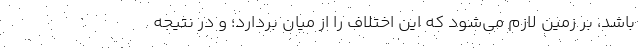
باشد، بر زمین لازم می‌شود که این اختلاف را از میان بردارد؛ و در نتیجه